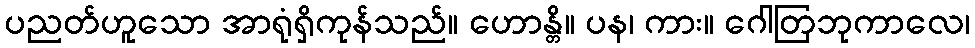
ပညတ်ဟူသော အာရုံရှိကုန်သည်။ ဟောန္တိ။ ပန၊ ကား။ ဂေါတြဘုကာလေ၊